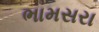
ભામસરા